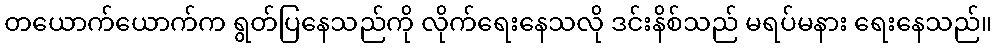
တယောက်ယောက်က ရွတ်ပြနေသည်ကို လိုက်ရေးနေသလို ဒင်းနိစ်သည် မရပ်မနား ရေးနေသည်။